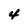
Character: 4